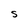
Character: S